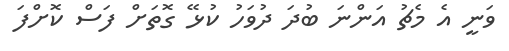
ވަނީ އެ މެޗު އަންނަ ބުދަ ދުވަހު ކުޅޭ ގޮތަށް ފަސް ކޮށްފަ